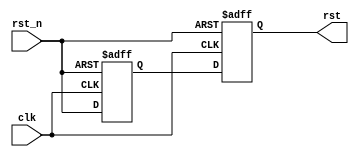
`timescale 1ns/1ns
/*
rst rst_u(
    //global clock
    . clk(clk),
    . rst_n(rst_n),

    //user interface
    . rst(rst)
);
*/
module rst (
    //global clock
    input clk,
    input rst_n,

    //user interface
    output reg rst
);
reg rst1;
//
always  @(posedge clk or negedge rst_n)begin
    if(!rst_n)begin
        rst1 <= 0;
        rst  <= 0;
    end
    else begin
        rst1 <= rst_n;
        rst  <= rst1;
    end  
end
    
endmodule